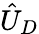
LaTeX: \hat{U}_{D}